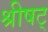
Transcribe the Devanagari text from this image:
श्रीषट्